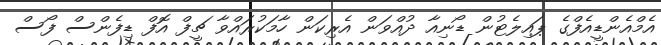
އެމްއެންޑީއެފްގެ ޕައިލެޓުން ޑޯނިއާ ދުއްވަން އެރިކަން ހާމަކުރައްވާ ޗީފް އޮފް ޑިފެންސް ފޯސް